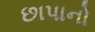
છાપાનો